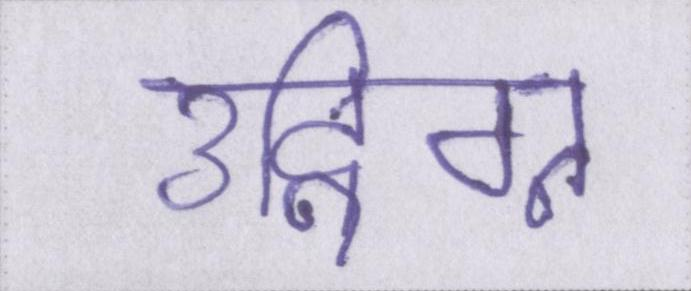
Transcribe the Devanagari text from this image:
उद्विग्न